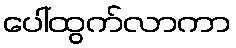
ပေါ်ထွက်လာကာ